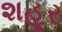
શહૂર